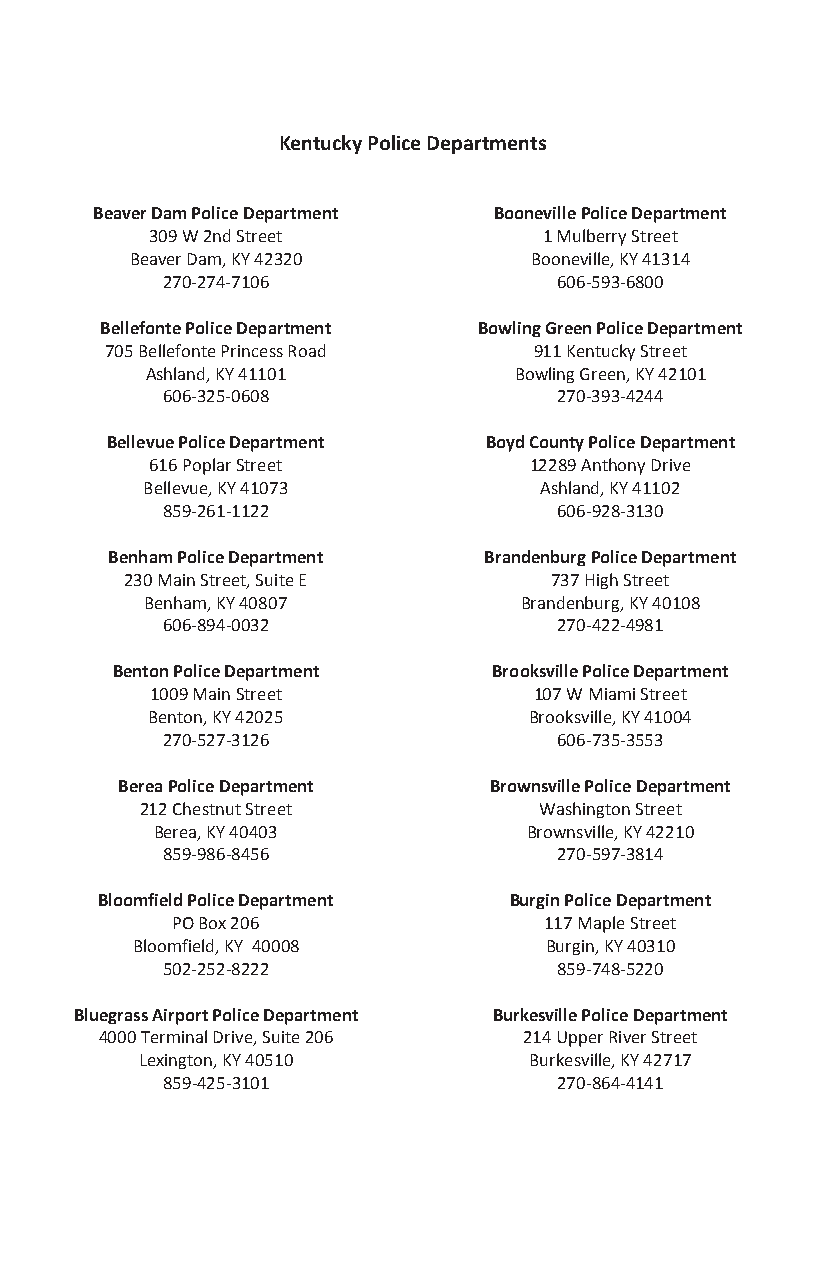
Kentucky Police Departments
 Beaver Dam Police Department Booneville Police Department
 309 W 2nd Street          1 Mulberry Street
 Beaver Dam, KY 42320      Booneville, KY 41314
 270-274-7106              606-593-6800
 Bellefonte Police Department Bowling Green Police Department
 705 Bellefonte Princess Road 911 Kentucky Street
 Ashland, KY 41101       Bowling Green, KY 42101
 606-325-0608              270-393-4244
 Bellevue Police Department Boyd County Police Department
 616 Poplar Street        12289 Anthony Drive
 Bellevue, KY 41073         Ashland, KY 41102
 859-261-1122              606-928-3130
 Benham Police Department Brandenburg Police Department
 230 Main Street, Suite E    737 High Street
 Benham, KY 40807        Brandenburg, KY 40108
 606-894-0032              270-422-4981
 Benton Police Department  Brooksville Police Department
 1009 Main Street         107 W Miami Street
 Benton, KY 42025         Brooksville, KY 41004
 270-527-3126              606-735-3553
 Berea Police Department Brownsville Police Department
 212 Chestnut Street        Washington Street
 Berea, KY 40403          Brownsville, KY 42210
 859-986-8456              270-597-3814
 Bloomfield Police Department Burgin Police Department
 PO Box 206               117 Maple Street
 Bloomfield, KY 40008       Burgin, KY 40310
 502-252-8222              859-748-5220
 Bluegrass Airport Police Department Burkesville Police Department
 4000 Terminal Drive, Suite 206 214 Upper River Street
 Lexington, KY 40510       Burkesville, KY 42717
 859-425-3101              270-864-4141